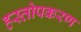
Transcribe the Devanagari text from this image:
हस्तोपकरण